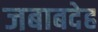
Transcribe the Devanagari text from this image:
जबाबदेह